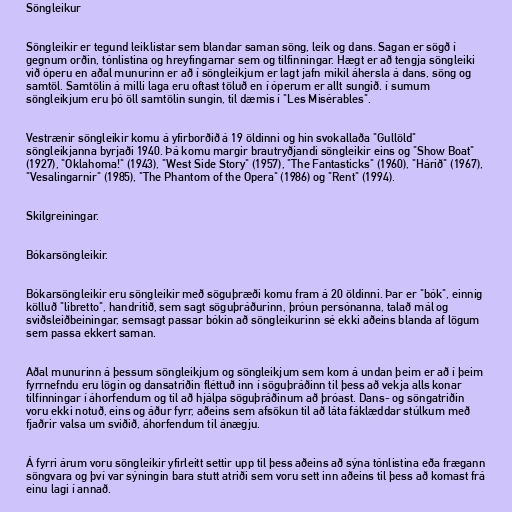
Söngleikur

Söngleikir er tegund leiklistar sem blandar saman söng, leik og dans. Sagan er sögð í
gegnum orðin, tónlistina og hreyfingarnar sem og tilfinningar. Hægt er að tengja söngleiki
við óperu en aðal munurinn er að í söngleikjum er lagt jafn mikil áhersla á dans, söng og
samtöl. Samtölin á milli laga eru oftast töluð en í óperum er allt sungið. í sumum
söngleikjum eru þó öll samtölin sungin, til dæmis í "Les Misérables".

Vestrænir söngleikir komu á yfirborðið á 19 öldinni og hin svokallaða "Gullöld"
söngleikjanna byrjaði 1940. Þá komu margir brautryðjandi söngleikir eins og "Show Boat"
(1927), "Oklahoma!" (1943), "West Side Story" (1957), "The Fantasticks" (1960), "Hárið" (1967),
"Vesalingarnir" (1985), "The Phantom of the Opera" (1986) og "Rent" (1994).

Skilgreiningar.

Bókarsöngleikir.

Bókarsöngleikir eru söngleikir með söguþræði komu fram á 20 öldinni. Þar er "bók", einnig
kölluð "libretto", handritið, sem sagt söguþráðurinn, þróun persónanna, talað mál og
sviðsleiðbeiningar, semsagt passar bókin að söngleikurinn sé ekki aðeins blanda af lögum
sem passa ekkert saman.

Aðal munurinn á þessum söngleikjum og söngleikjum sem kom á undan þeim er að í þeim
fyrrnefndu eru lögin og dansatriðin fléttuð inn í söguþráðinn til þess að vekja alls konar
tilfinningar í áhorfendum og til að hjálpa söguþráðinum að þróast. Dans- og söngatriðin
voru ekki notuð, eins og áður fyrr, aðeins sem afsökun til að láta fáklæddar stúlkum með
fjaðrir valsa um sviðið, áhorfendum til ánægju.

Á fyrri árum voru söngleikir yfirleitt settir upp til þess aðeins að sýna tónlistina eða frægann
söngvara og því var sýningin bara stutt atriði sem voru sett inn aðeins til þess að komast frá
einu lagi í annað.